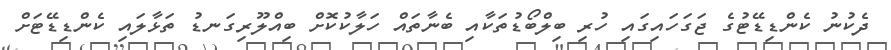
ދެކުނު ކެންޑިޑޭޓުގެ ޖަގަހައިގައި ހުރި ބިލްބޯޑުތަކާއި ބެނާތައް ހަލާކުކޮށް ބިއްލޫރިގަނޑު ތަޅާލައި ކެންޑިޑޭޓަށް